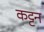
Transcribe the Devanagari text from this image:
कट्टन